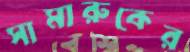
সামারুকের